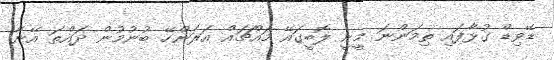
ޑޭވިޑް ގުޅާފައި ތިމަންނަ މީނީ ލޮބީގައޭ މައްޗައް އަރަންހޭ ބުނުމުން ދައްތަ އޭނާ